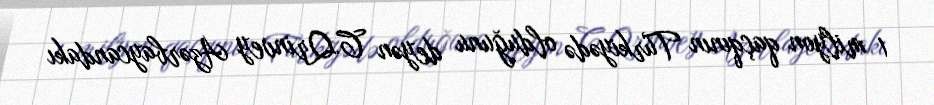
1 milyon qaçqının Türkiyədə olduğunu deyən C.Qrinvey Azərbaycandakı